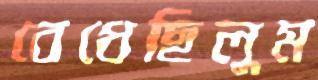
বেধেছিলুম